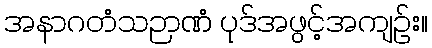
အနာဂတံသဉာဏံ ပုဒ်အဖွင့်အကျဉ်း။